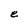
Character: e